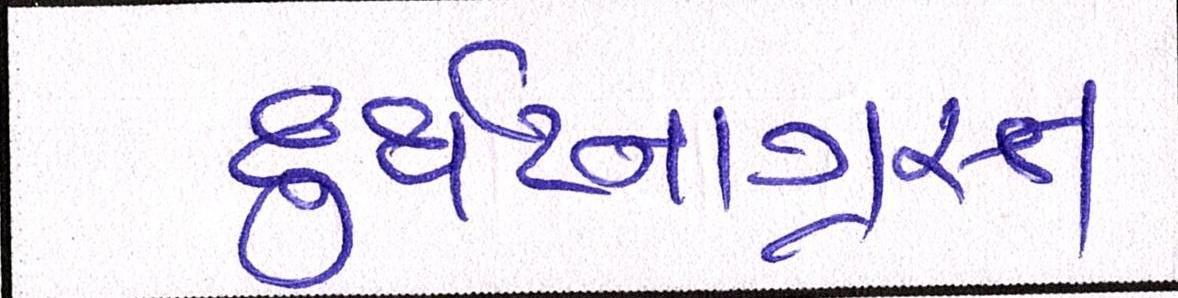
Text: દુર્ઘટનાગ્રસ્ત